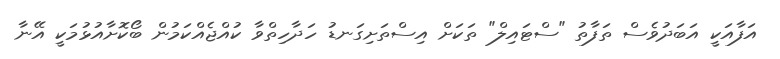
އަފާއަކީ އަބަދުވެސް ތަފާތު "ސްޓައިލް" ތަކަށް އިސްތަށިގަނޑު ހަދާހިތްވާ ކުއްޖެއްކަމުން ބޯކޮށާއުޅުމަކީ އޭނާ